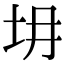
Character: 𡉱